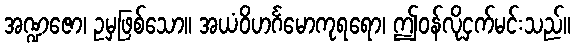
အဏ္ဍဇော၊ ဥမှဖြစ်သော။ အယံဝိဟင်္ဂမောကုရရော၊ ဤဝန်လိုငှက်မင်းသည်။